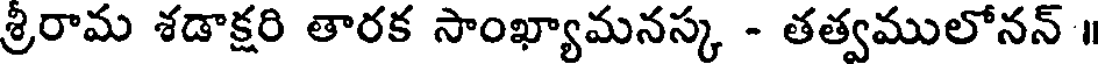
శ్రీరామ శడాక్షరి తారక సాంఖ్యామనస్క - తత్వములోనన్